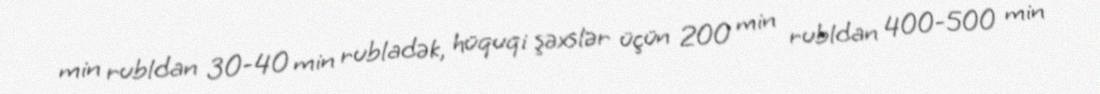
min rubldan 30-40 min rubladək, hüquqi şəxslər üçün 200 min rubldan 400-500 min